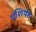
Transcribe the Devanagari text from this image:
एंशियंट